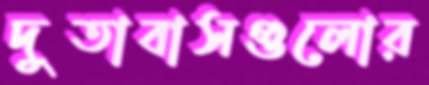
দুতাবাসগুলোর